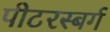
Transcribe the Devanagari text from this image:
पीटरस्बर्ग